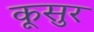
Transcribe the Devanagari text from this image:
कूसुर